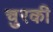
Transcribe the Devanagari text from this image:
चुरकी